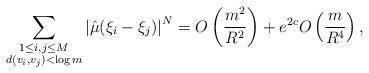
LaTeX: \begin{align*}\sum_{\substack{1 \leq i,j \leq M \\ d(v_i,v_j) < \log m}} \left|\hat{\mu}(\xi_i -\xi_j)\right|^N = O\left(\frac{m^2}{R^2} \right) + e^{2c} O\left( \frac{m}{R^4} \right),\end{align*}